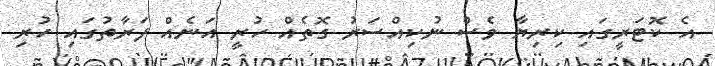
އެ ކޮޓަރީގައި ކިރިޔާ ވެސް ނުކިއްސަރު ގޮތެއް ހުރީ އަނެއް ފަރާތުގައި ހުރި